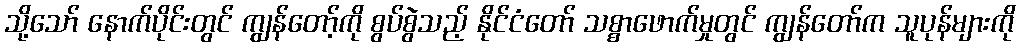
သို့သော် နောက်ပိုင်းတွင် ကျွန်တော့်ကို စွပ်စွဲသည့် နိုင်ငံတော် သစ္စာဖောက်မှုတွင် ကျွန်တော်က သူပုန်များကို